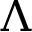
\Lambda